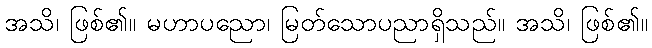
အသိ၊ ဖြစ်၏။ မဟာပညော၊ မြတ်သောပညာရှိသည်။ အသိ၊ ဖြစ်၏။